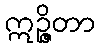
ဣဉ္ဇိတာ